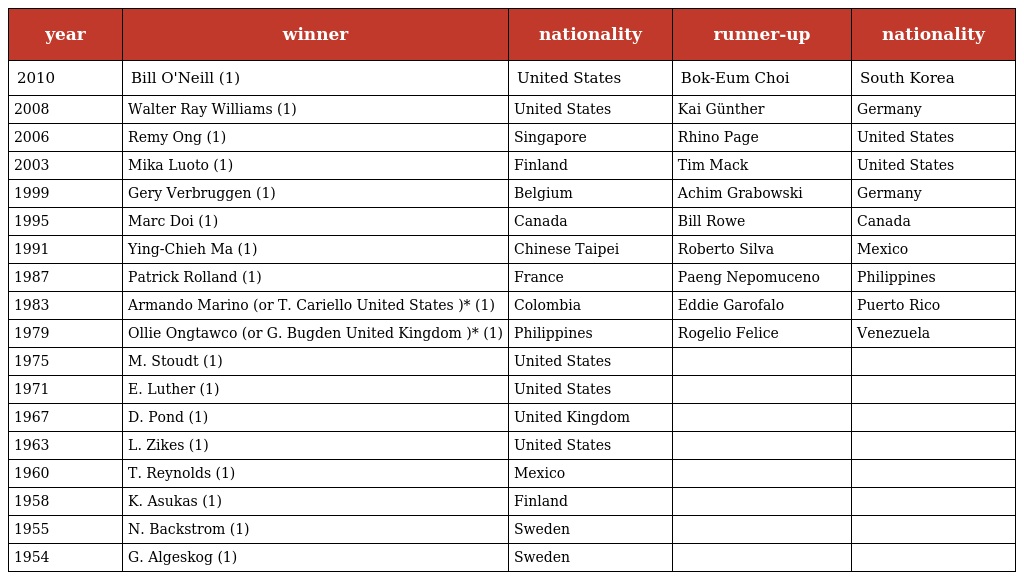
| year | winner | nationality | runner-up | nationality |
 | --- | --- | --- | --- | --- |
 | 2010 | Bill O'Neill (1) | United States | Bok-Eum Choi | South Korea |
 | 2008 | Walter Ray Williams (1) | United States | Kai Günther | Germany |
 | 2006 | Remy Ong (1) | Singapore | Rhino Page | United States |
 | 2003 | Mika Luoto (1) | Finland | Tim Mack | United States |
 | 1999 | Gery Verbruggen (1) | Belgium | Achim Grabowski | Germany |
 | 1995 | Marc Doi (1) | Canada | Bill Rowe | Canada |
 | 1991 | Ying-Chieh Ma (1) | Chinese Taipei | Roberto Silva | Mexico |
 | 1987 | Patrick Rolland (1) | France | Paeng Nepomuceno | Philippines |
 | 1983 | Armando Marino (or T. Cariello United States )* (1) | Colombia | Eddie Garofalo | Puerto Rico |
 | 1979 | Ollie Ongtawco (or G. Bugden United Kingdom )* (1) | Philippines | Rogelio Felice | Venezuela |
 | 1975 | M. Stoudt (1) | United States |  |  |
 | 1971 | E. Luther (1) | United States |  |  |
 | 1967 | D. Pond (1) | United Kingdom |  |  |
 | 1963 | L. Zikes (1) | United States |  |  |
 | 1960 | T. Reynolds (1) | Mexico |  |  |
 | 1958 | K. Asukas (1) | Finland |  |  |
 | 1955 | N. Backstrom (1) | Sweden |  |  |
 | 1954 | G. Algeskog (1) | Sweden |  |  |